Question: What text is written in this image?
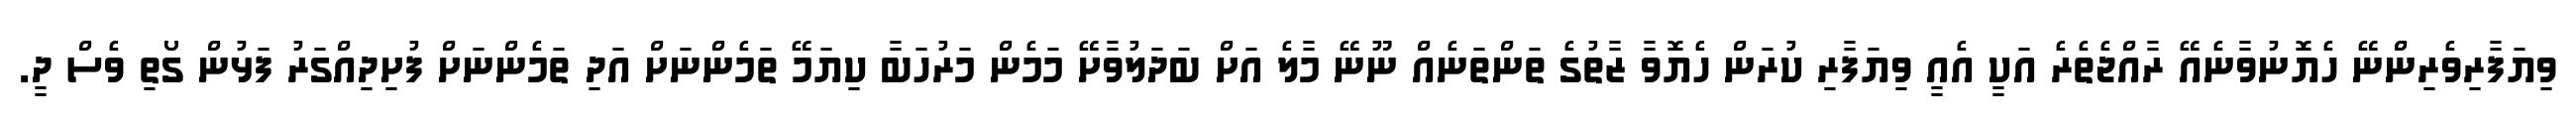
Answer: ވިޔަފާރިވެރިންނޭ ހެޔޮނުވާނެއޭ ރާއްޖެތެރެ އަކީ އެއީ ވިޔަފާރި ކުރަން ހެޔޮވާ ޒާތުގެ ތަންތަނެއް ނޫނޭ މާލެ އަށް ބަދަލުވާށޭ މަމެން މަރުހަބާ ކިޔަމޭ ތަމެންނަށް އަދި ތަމެންނަށް ފުށިދިއްގަރު ފަޅުން ގޯތި ވެސް ދީ.